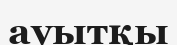
ауытқы